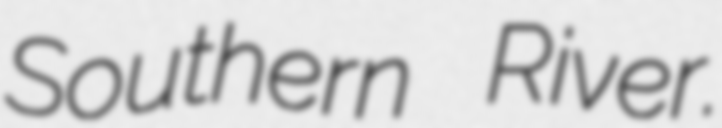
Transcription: Southern River.